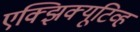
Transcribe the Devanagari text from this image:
एक्झिक्यूटिव्ह